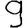
Digit: 9